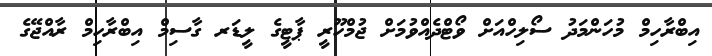
އިބްރާހިމް މުހަންމަދު ސޯލިހްއަށް ވޯޓްދެއްވުމަށް ޖުމްހޫރީ ޕާޓީގެ ލީޑަރ ގާސިމް އިބްރާހިމް ރާއްޖޭގެ